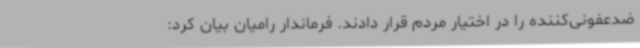
ضدعفونی‌کننده را در اختیار مردم قرار دادند. فرماندار رامیان بیان کرد: